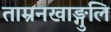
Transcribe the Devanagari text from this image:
ताम्रनखाङ्गुलि